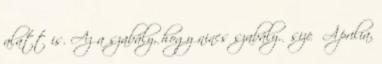
alatt is. Az a szabály, hogy nincs szabály. size Áprilia,